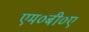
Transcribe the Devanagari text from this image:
एम०बी०ए